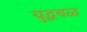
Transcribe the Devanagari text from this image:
युद्धबळ